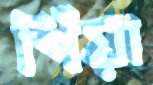
পিঁয়া